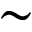
\sim